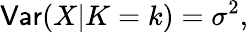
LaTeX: \mathsf{Var}(X|K=k)=\sigma^{2},